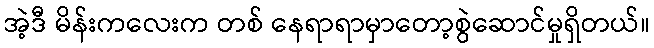
အဲ့ဒီ မိန်းကလေးက တစ် နေရာရာမှာတော့စွဲဆောင်မှုရှိတယ်။